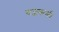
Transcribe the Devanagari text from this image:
यज्ञकर्म।